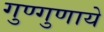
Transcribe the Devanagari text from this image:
गुण्गुणाये